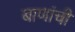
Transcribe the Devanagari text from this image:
बाणांची